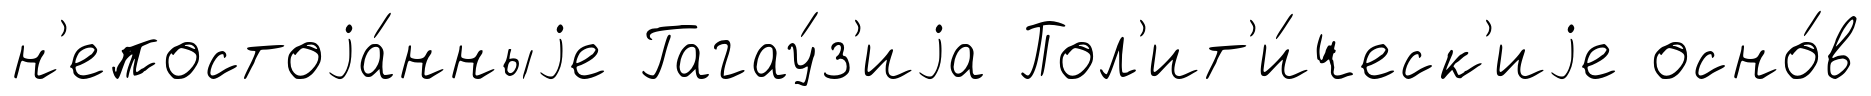
н'епостоjа́нныjе Гагау́з'иjа Пол'ит'и́ческ'иjе осно́в